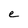
Character: e